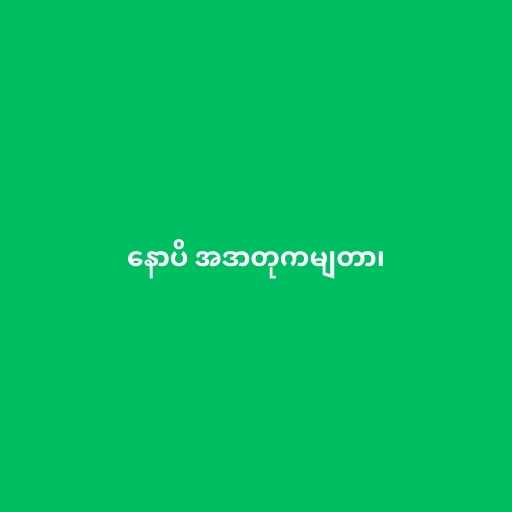
နောပိ အဒာတုကမျတာ၊